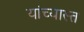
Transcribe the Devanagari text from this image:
यांच्यास्त